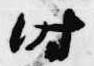
時